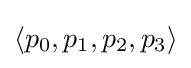
\left\langle p_{0},p_{1},p_{2},p_{3}\right\rangle